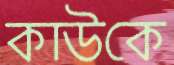
কাউকে